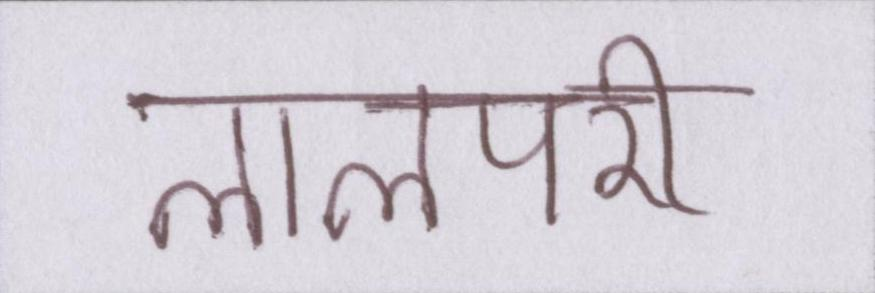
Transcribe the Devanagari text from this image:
लालपरी